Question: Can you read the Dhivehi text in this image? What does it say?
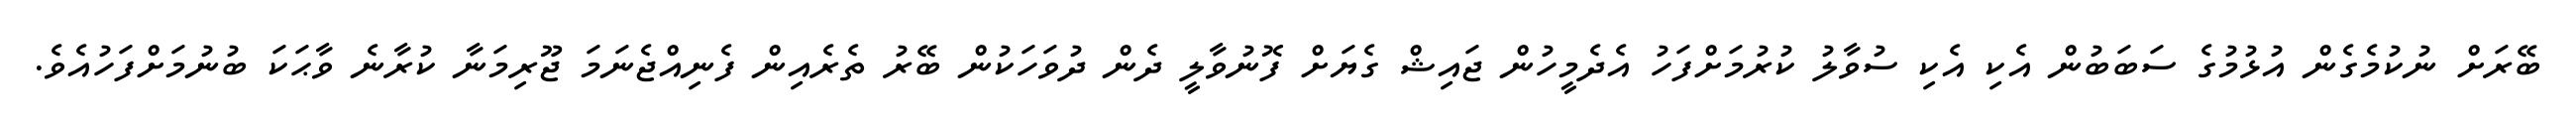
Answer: ބޭރަށް ނުކުމެގެން އުޅުމުގެ ސަބަބުން އެކި އެކި ސުވާލު ކުރުމަށްފަހު އެދެމީހުން ޖައިޝް ގެޔަށް ފޮނުވާލީ ދެން ދުވަހަކުން ބޭރު ތެރެއިން ފެނިއްޖެނަމަ ޖޫރިމަނާ ކުރާނެ ވާޙަކަ ބުނުމަށްފަހުއެވެ.